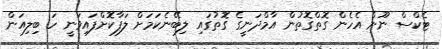
ޓެކްސް ނޫން އެހެން ގޮތްގޮތުން އާމްދަނީގެ ގޮތުގައި ލިބޭނެކަމަށް ލަފާކޮށްފައިވަނީ ހަ ބިލިއަން